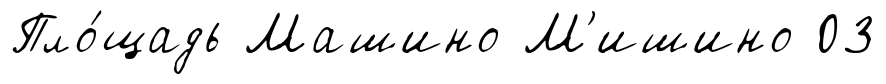
Пло́щадь Машино М'ишино 03